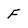
Character: F